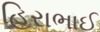
હિરાભાઈ